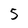
Character: 5